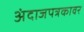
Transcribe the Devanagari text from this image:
अंदाजपत्रकावर